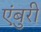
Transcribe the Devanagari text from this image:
एंबुरी